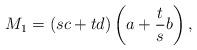
LaTeX: \begin{align*}M_1=(s c + t d)\left(a+\frac{t}{s} b\right),\end{align*}